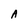
Character: A